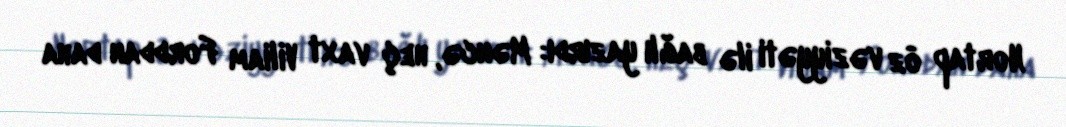
Nortap öz vəziyyəti ilə bağlı yazırdı: Məncə, heç vaxt Viliam Forddan daha